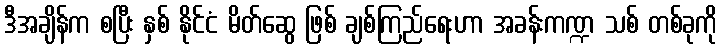
ဒီအချိန်က စပြီး နှစ် နိုင်ငံ မိတ်ဆွေ ဖြစ် ချစ်ကြည်ရေးဟာ အခန်းကဏ္ဍ သစ် တစ်ခုကို